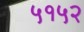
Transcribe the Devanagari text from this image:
५१५२